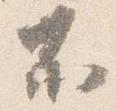
不